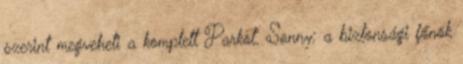
szerint megveheti a komplett Parkot. Sonny: a biztonsági főnök